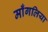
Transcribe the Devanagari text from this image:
माँगलिया